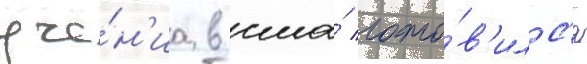
уче́н'иа в сша́ гото́в'илс'я